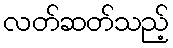
လတ်ဆတ်သည့်